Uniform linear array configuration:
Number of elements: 4
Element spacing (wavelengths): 0.25
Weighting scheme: cosine
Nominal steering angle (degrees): -30
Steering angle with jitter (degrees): -28.163
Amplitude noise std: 0.05
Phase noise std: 0.05

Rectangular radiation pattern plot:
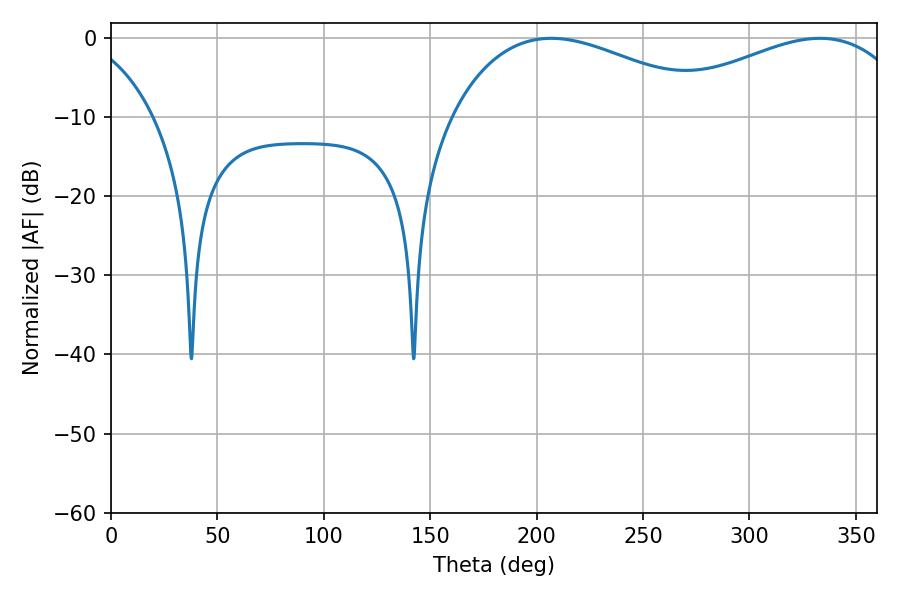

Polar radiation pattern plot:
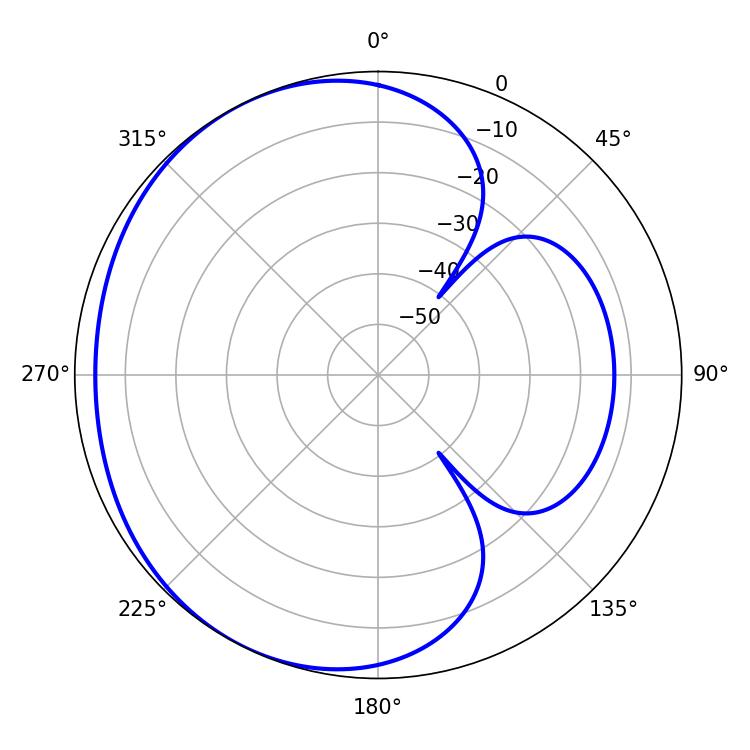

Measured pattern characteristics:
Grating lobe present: FALSE
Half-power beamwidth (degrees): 69.66
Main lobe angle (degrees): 206.82